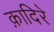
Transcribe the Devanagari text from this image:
क़ादिरे